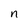
Character: n